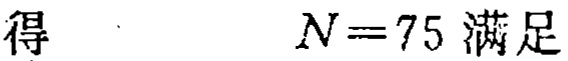
得\(N = 75\)满足